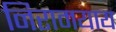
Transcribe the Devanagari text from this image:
निरामयाय